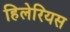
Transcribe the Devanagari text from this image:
हिलेरियस